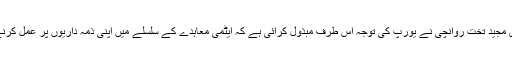
صدر ایران کے دفتر کےسیاسی امور کے سیکریٹری مجید تخت روانچی نے یورپ کی توجہ اس طرف مبذول کرائی ہے کہ ایٹمی معاہدے کے سلسلے میں اپنی ذمہ داریوں پر عمل کرنے سے متعلق اس کے پاس ہمیشہ موقع نہیں رہے گا۔